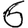
Digit: 6